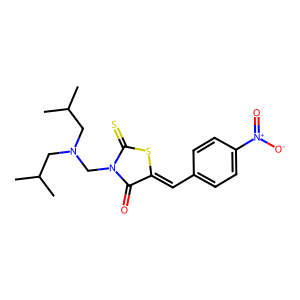
SMILES: CC(C)CN(CC(C)C)CN1C(=O)C(=Cc2ccc([N+](=O)[O-])cc2)SC1=S
Inhibits HIV replication: No